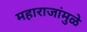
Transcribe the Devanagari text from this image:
महाराजांमुळे